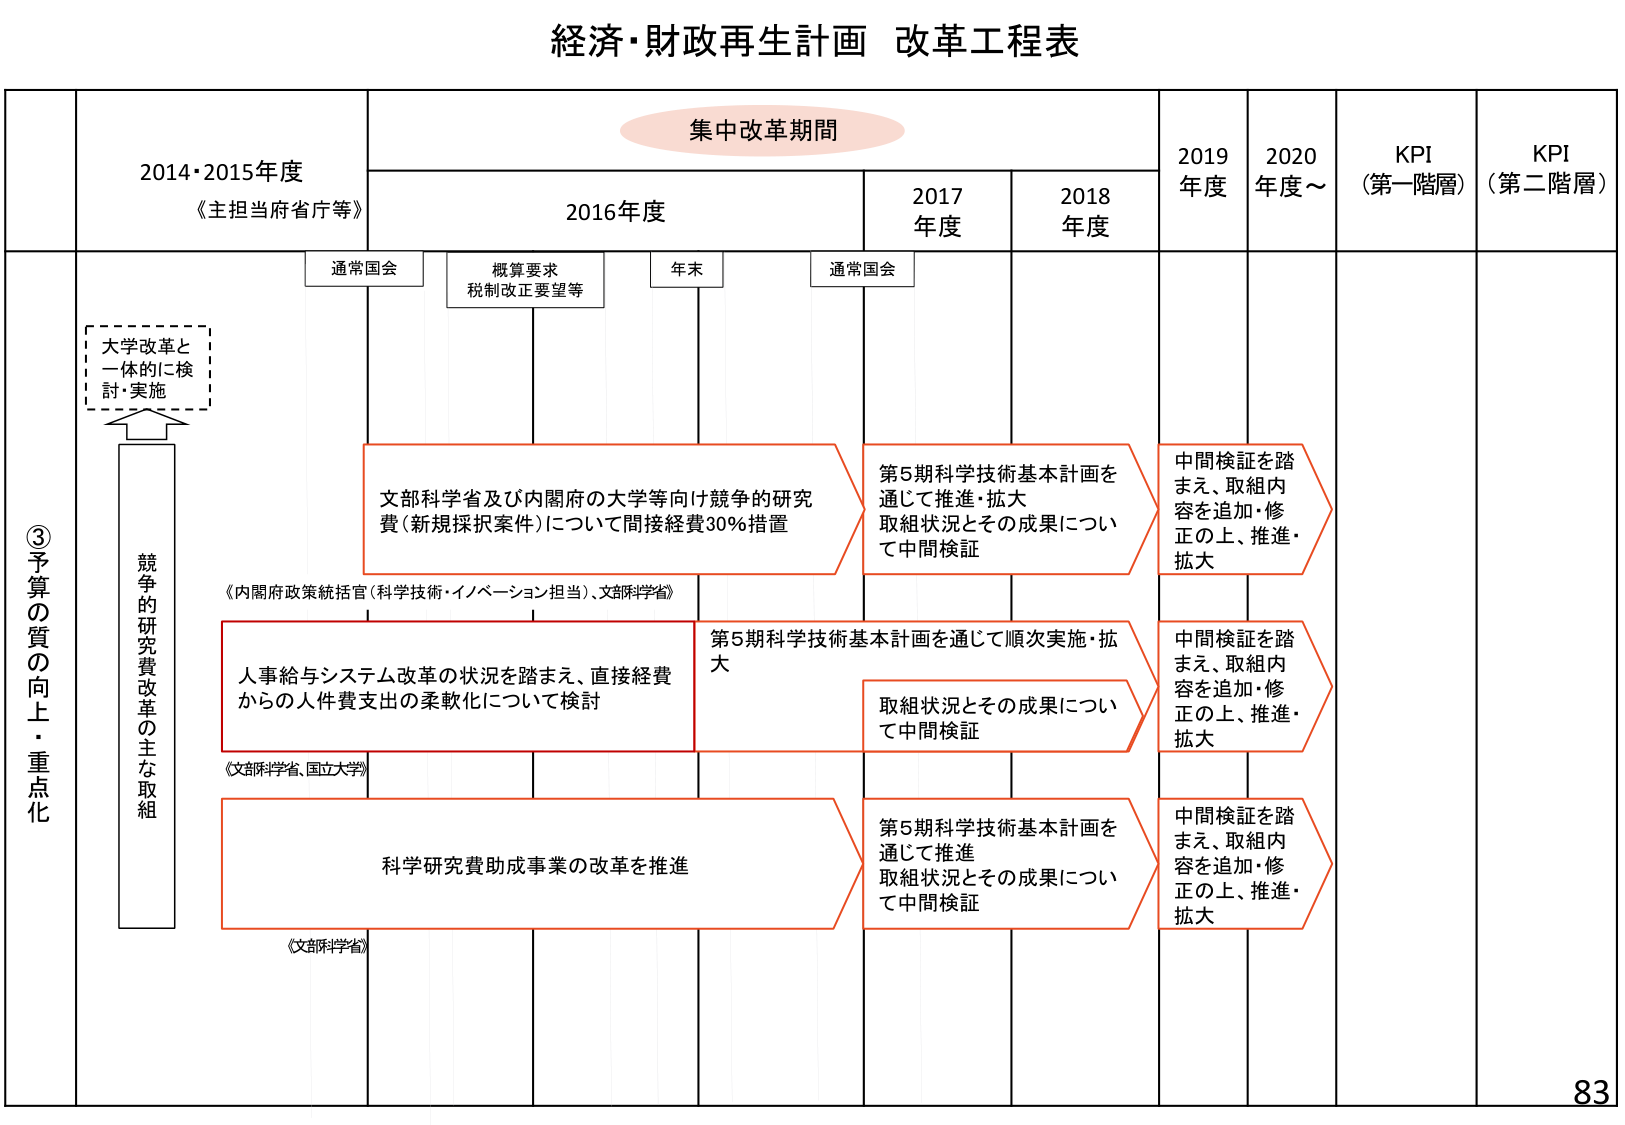
経済・財政再生計画 改革工程表

集中改革期間

2014・2015年度
《主担当府省庁等》

2016年度

2017年度

2018年度

2019年度

2020年度～

KPI
（第一階層）

KPI
（第二階層）

通常国会

概算要求
税制改正要望等

年末

通常国会

③予算の質の向上・重点化

大学改革と
一体的に検
討・実施

競争的研究費改革の主な取組

文部科学省及び内閣府の大学等向け競争的研究
費（新規採択案件）について間接経費30％措置

第5期科学技術基本計画を
通じて推進・拡大
取組状況とその成果につい
て中間検証

中間検証を踏
まえ、取組内
容を追加・修
正の上、推進・
拡大

《内閣府政策統括官（科学技術・イノベーション担当）、文部科学省》

人事給与システム改革の状況を踏まえ、直接経費
からの人件費支出の柔軟化について検討

第5期科学技術基本計画を通じて順次実施・拡
大

取組状況とその成果につい
て中間検証

中間検証を踏
まえ、取組内
容を追加・修
正の上、推進・
拡大

《文部科学省、国立大学》

科学研究費助成事業の改革を推進

第5期科学技術基本計画を
通じて推進
取組状況とその成果につい
て中間検証

中間検証を踏
まえ、取組内
容を追加・修
正の上、推進・
拡大

《文部科学省》

83